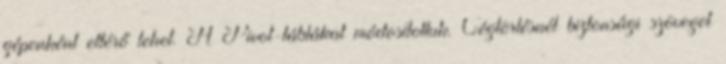
gépenként eltérő lehet. A Pivot-táblákat módosítottuk. Cégtörlésnél biztonsági szöveget